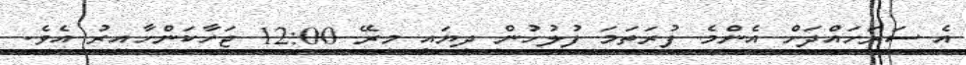
އެ ސަރަހައްދަށް އެންމެ ފުރަތަމަ ފުލުހުން ދިޔައީ މިރޭ 12:00 ޖަހާކަންހާއިރު އެވެ.